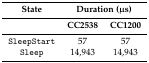
<table><thead><tr><td><b>State</b></td><td colspan="2"><b>Duration (μs)</b></td></tr></thead><tbody><tr><td></td><td><b>CC2538</b></td><td><b>CC1200</b></td></tr><tr><td>SleepStart</td><td>57</td><td>57</td></tr><tr><td>Sleep</td><td>14,943</td><td>14,943</td></tr></tbody></table>